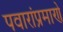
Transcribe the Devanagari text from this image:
पवारांप्रमाणे